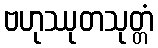
ဗဟုဿုတသုတ္တံ